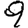
Digit: 9